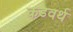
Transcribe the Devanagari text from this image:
कडवर्थ